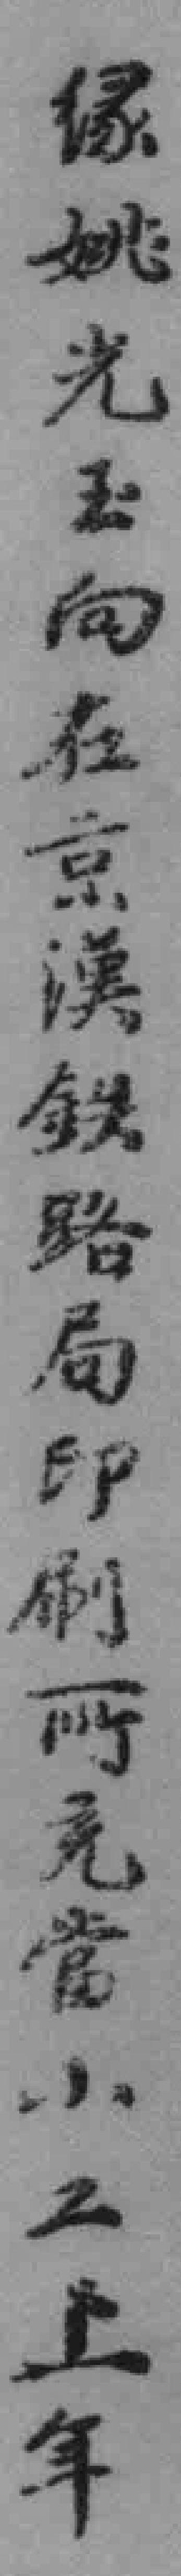
*姚光玉向在京漢鉄路局印刷所免當小工上年